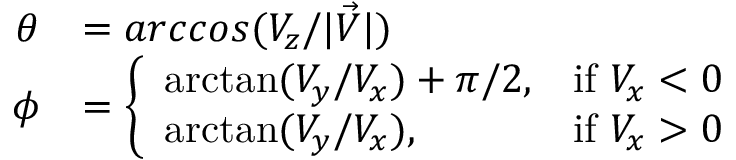
\begin{array} { r l } { \theta } & { = a r c c o s ( { V _ { z } / \lvert \Vec { V } \rvert } ) } \\ { \phi } & { = \left\{ \begin{array} { l l } { \arctan ( V _ { y } / V _ { x } ) + \pi / 2 , } & { \mathrm { i f ~ } V _ { x } < 0 } \\ { \arctan ( V _ { y } / V _ { x } ) , } & { \mathrm { i f ~ } V _ { x } > 0 } \end{array} \right. } \end{array}